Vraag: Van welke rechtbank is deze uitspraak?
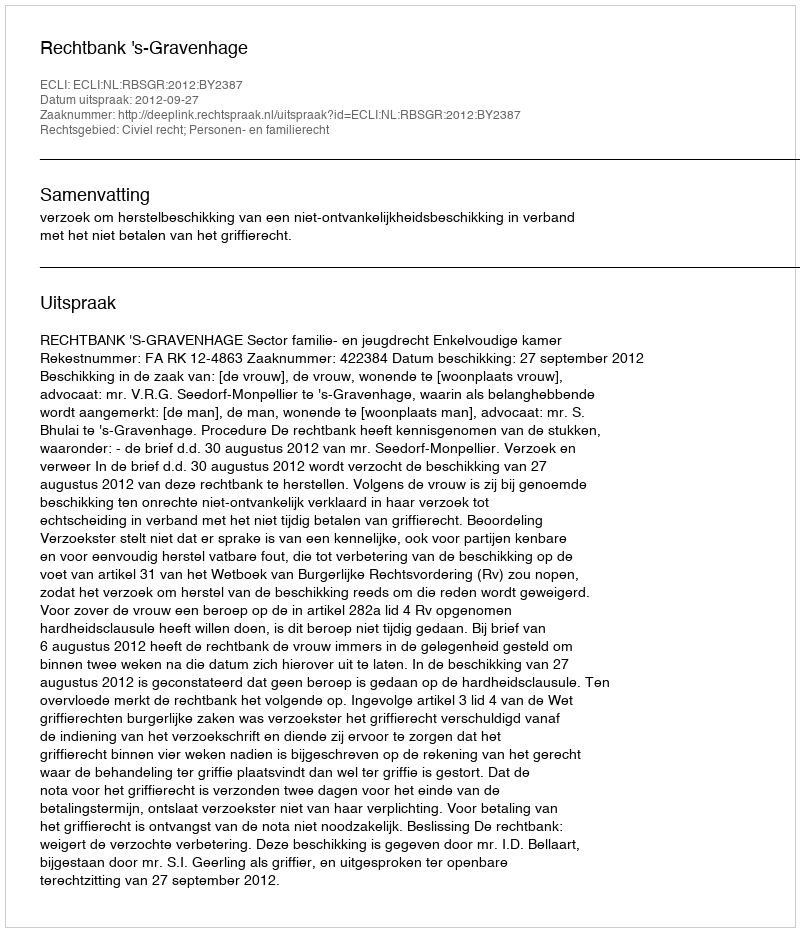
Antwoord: Rechtbank 's-Gravenhage